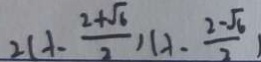
2 ( - 1 - \frac { 2 + \sqrt { 6 } } { 2 } ) ( - 1 - \frac { 2 - \sqrt { 6 } } { 2 } )